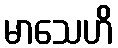
မာသေဟိ